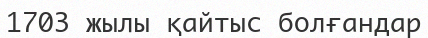
1703 жылы қайтыс болғандар